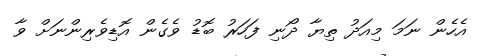
އެހެން ނަމަ މިއަދު ތިޔާ ދޯނި ފަހަރު ބޮޑު ވެގެން އޮޑިވެރިންނަށް ވާ